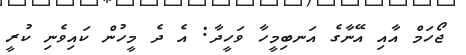
ޖޯހަމް އާއި އޭނާގެ އަނބިމީހާ ވަހީދާ: އެ ދެ މީހުން ކައިވެނި ކުރީ